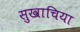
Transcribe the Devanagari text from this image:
सुखाचिया